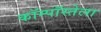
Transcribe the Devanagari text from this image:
कॉम्पॉस्तेला